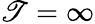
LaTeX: \mathscr{T}=\infty